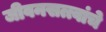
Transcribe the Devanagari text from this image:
जीवनसत्त्वांचे